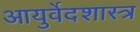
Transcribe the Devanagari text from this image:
आयुर्वेदशास्त्र